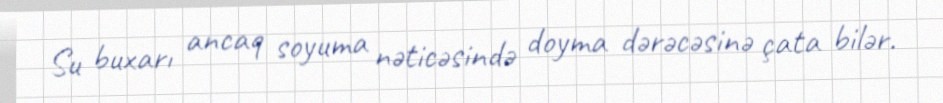
Su buxarı ancaq soyuma nəticəsində doyma dərəcəsinə çata bilər.